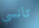
تانسي